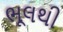
ભૂલથી